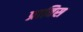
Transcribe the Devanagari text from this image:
प्राविस